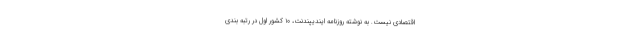
اقتصادی نیست. به نوشته روزنامه ایندیپندنت، ۱۰ کشور اول در رتبه بندی